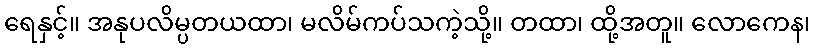
ရေနှင့်။ အနုပလိမ္ပတယထာ၊ မလိမ်ကပ်သကဲ့သို့။ တထာ၊ ထို့အတူ။ လောကေန၊